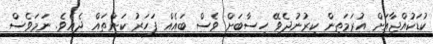
ކުޑަކުއްޖާއަށް އުރަމަތިން ކިރުނުދެވޭ ހިސާބަށް ވެސް ބައެއް ފަހަރު ކަންތައް ދެއެވެ. ނަމަވެސް